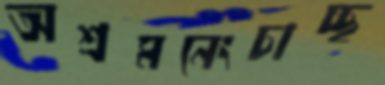
অশ্রমনেংচাচ্ছ